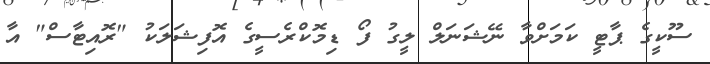
ސޫކީގެ ޕާޓީ ކަމަށްވާ ނޭޝަނަލް ލީގު ފޯ ޑިމޮކްރެސީގެ އޮފިޝަލަކު "ރޮއިޓާސް" އާ